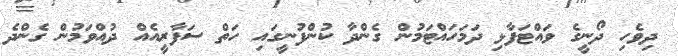
ދިވެހި ދޯނީގެ ވައްޓަފާޅި ދަމަހައްޓަމުން ގެންދާ ކުންފުނީގައި ހަތް ސަފާރީއެއް ދުއްވަމުން ގެންދެ